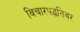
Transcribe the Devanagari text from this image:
विचारपद्धतिवर